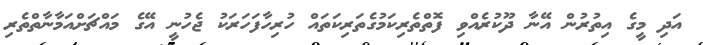
އަދި މީގެ އިތުރުން އޭނާ ދޫކުރެއްވި ފޮތްތެރިކަމުގެތަރިކަތައް ހުރިހާފަހަރަކު ޖެހުނީ އޭގެ މައްޗަށްއަމާނާތްތެރި